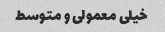
خیلى معمولى و متوسط